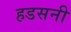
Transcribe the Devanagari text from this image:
हडसनी